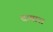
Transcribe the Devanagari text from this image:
दामारा